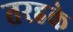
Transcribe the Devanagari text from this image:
तरहके